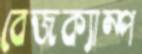
বেজক্যাম্প